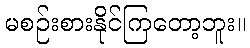
မစဉ်းစားနိုင်ကြတော့ဘူး။